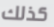
كذلك